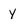
Character: y